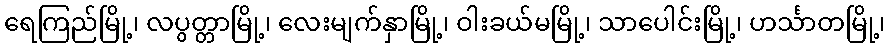
ရေကြည်မြို့၊ လပွတ္တာမြို့၊ လေးမျက်နှာမြို့၊ ဝါးခယ်မမြို့၊ သာပေါင်းမြို့၊ ဟင်္သာတမြို့၊